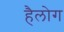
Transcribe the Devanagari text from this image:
हैलोग